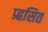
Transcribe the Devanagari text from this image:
प्र्ह्रसित